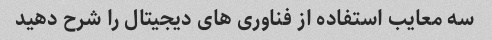
سه معایب استفاده از فناوری های دیجیتال را شرح دهید